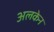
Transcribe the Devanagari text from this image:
अलकेन